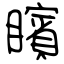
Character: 矉